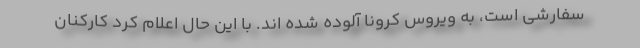
سفارشی است، به ویروس کرونا آلوده شده اند. با این حال اعلام کرد کارکنان